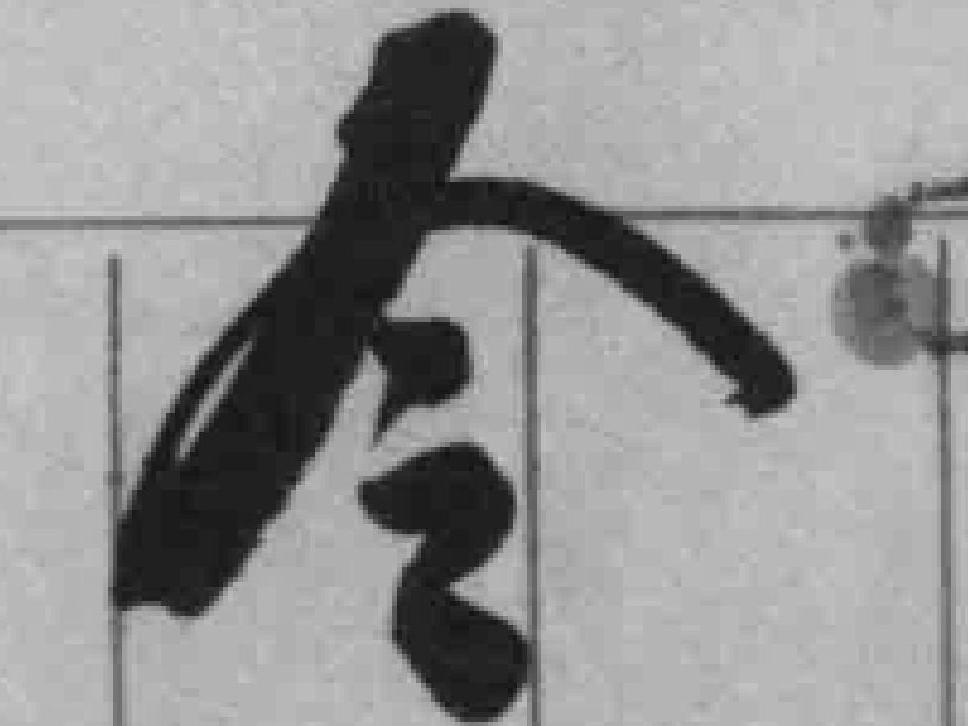
令